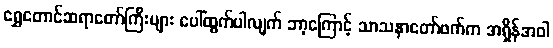
ရွှေတောင်ဆရာတော်ကြီးများ ပေါ်ထွက်ပါလျက် ဘာ့ကြောင့် သာသနာတော်ဖက်က အရှိန်အဝါ